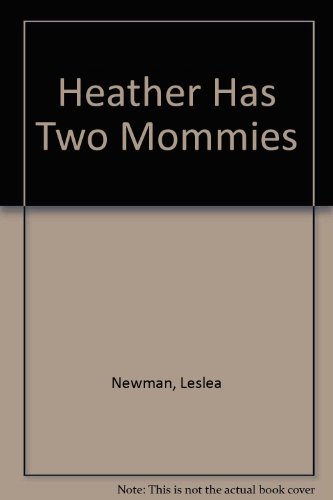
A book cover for Heather Has Two Mommies; Leslea Newman; Gay & Lesbian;